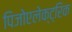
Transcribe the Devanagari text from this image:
पिजोएलेक्ट्रिक